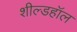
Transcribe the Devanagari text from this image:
शील्डहॉल